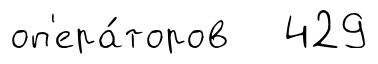
оп'ера́торов 429